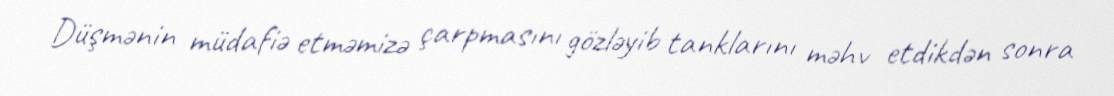
Düşmənin müdafiə etməmizə çarpmasını gözləyib tanklarını məhv etdikdən sonra